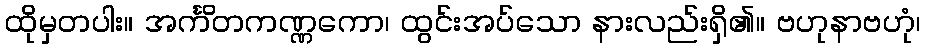
ထိုမှတပါး။ အင်္ကိတကဏ္ဏကော၊ ထွင်းအပ်သော နားလည်းရှိ၏။ ဗဟုနာဗဟုံ၊